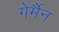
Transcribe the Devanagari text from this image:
गेर्मैन